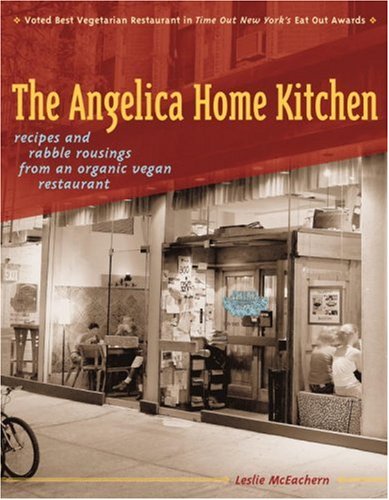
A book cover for The Angelica Home Kitchen: Recipes and Rabble Rousings from an Organic Vegan Restaurant; Leslie Mceachern; Cookbooks, Food & Wine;